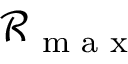
\mathcal { R } _ { \textrm { m a x } }